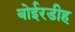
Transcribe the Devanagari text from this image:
बोईरडीह